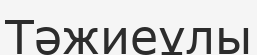
Тәжиеұлы